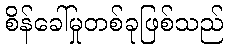
စိန်ခေါ်မှုတစ်ခုဖြစ်သည်